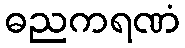
ဓညကရဏံ